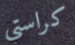
كراستي